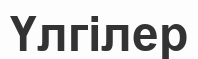
Үлгілер